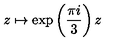
z \mapsto \exp \left( \frac { \pi i } { 3 } \right) z